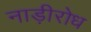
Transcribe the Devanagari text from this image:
नाड़ीरोध